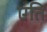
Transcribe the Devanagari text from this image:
एति